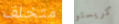
متخلف كريستو